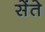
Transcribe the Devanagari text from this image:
सेंते